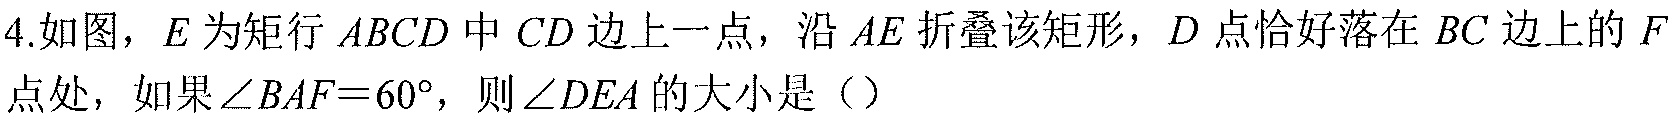
4.如图，\(E\)为矩行 \(ABCD\)中 \(CD\)边上一点，沿 \(AE\)折叠该矩形，\(D\)点恰好落在 \(BC\)边上的 \(F\)点处，如果\(\angle BAF = 60^{\circ}\)，则\(\angle DEA\)的大小是（）